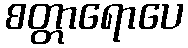
စတ္တာရောပေ